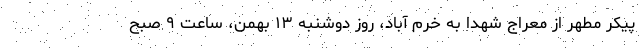
پیکر مطهر از معراج شهدا به خرم آباد، روز دوشنبه ۱۳ بهمن، ساعت ۹ صبح